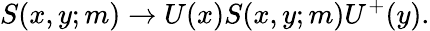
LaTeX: S(x,y;m)\rightarrow U(x)S(x,y;m)U^{+}(y).